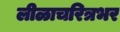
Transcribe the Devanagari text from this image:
लीळाचरित्रभर